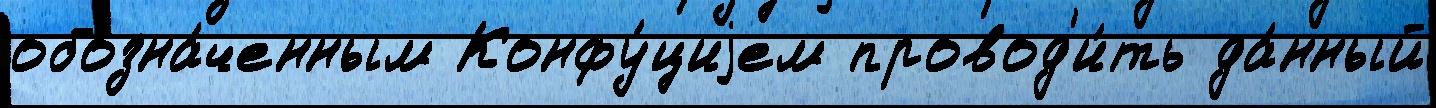
обозна́ченным Конфу́циjем провод'и́ть да́нный